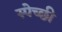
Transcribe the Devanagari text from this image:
स्पेच्छी